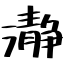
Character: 瀞